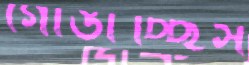
গোঙাচ্ছিস